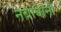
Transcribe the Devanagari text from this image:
नबाबांनी